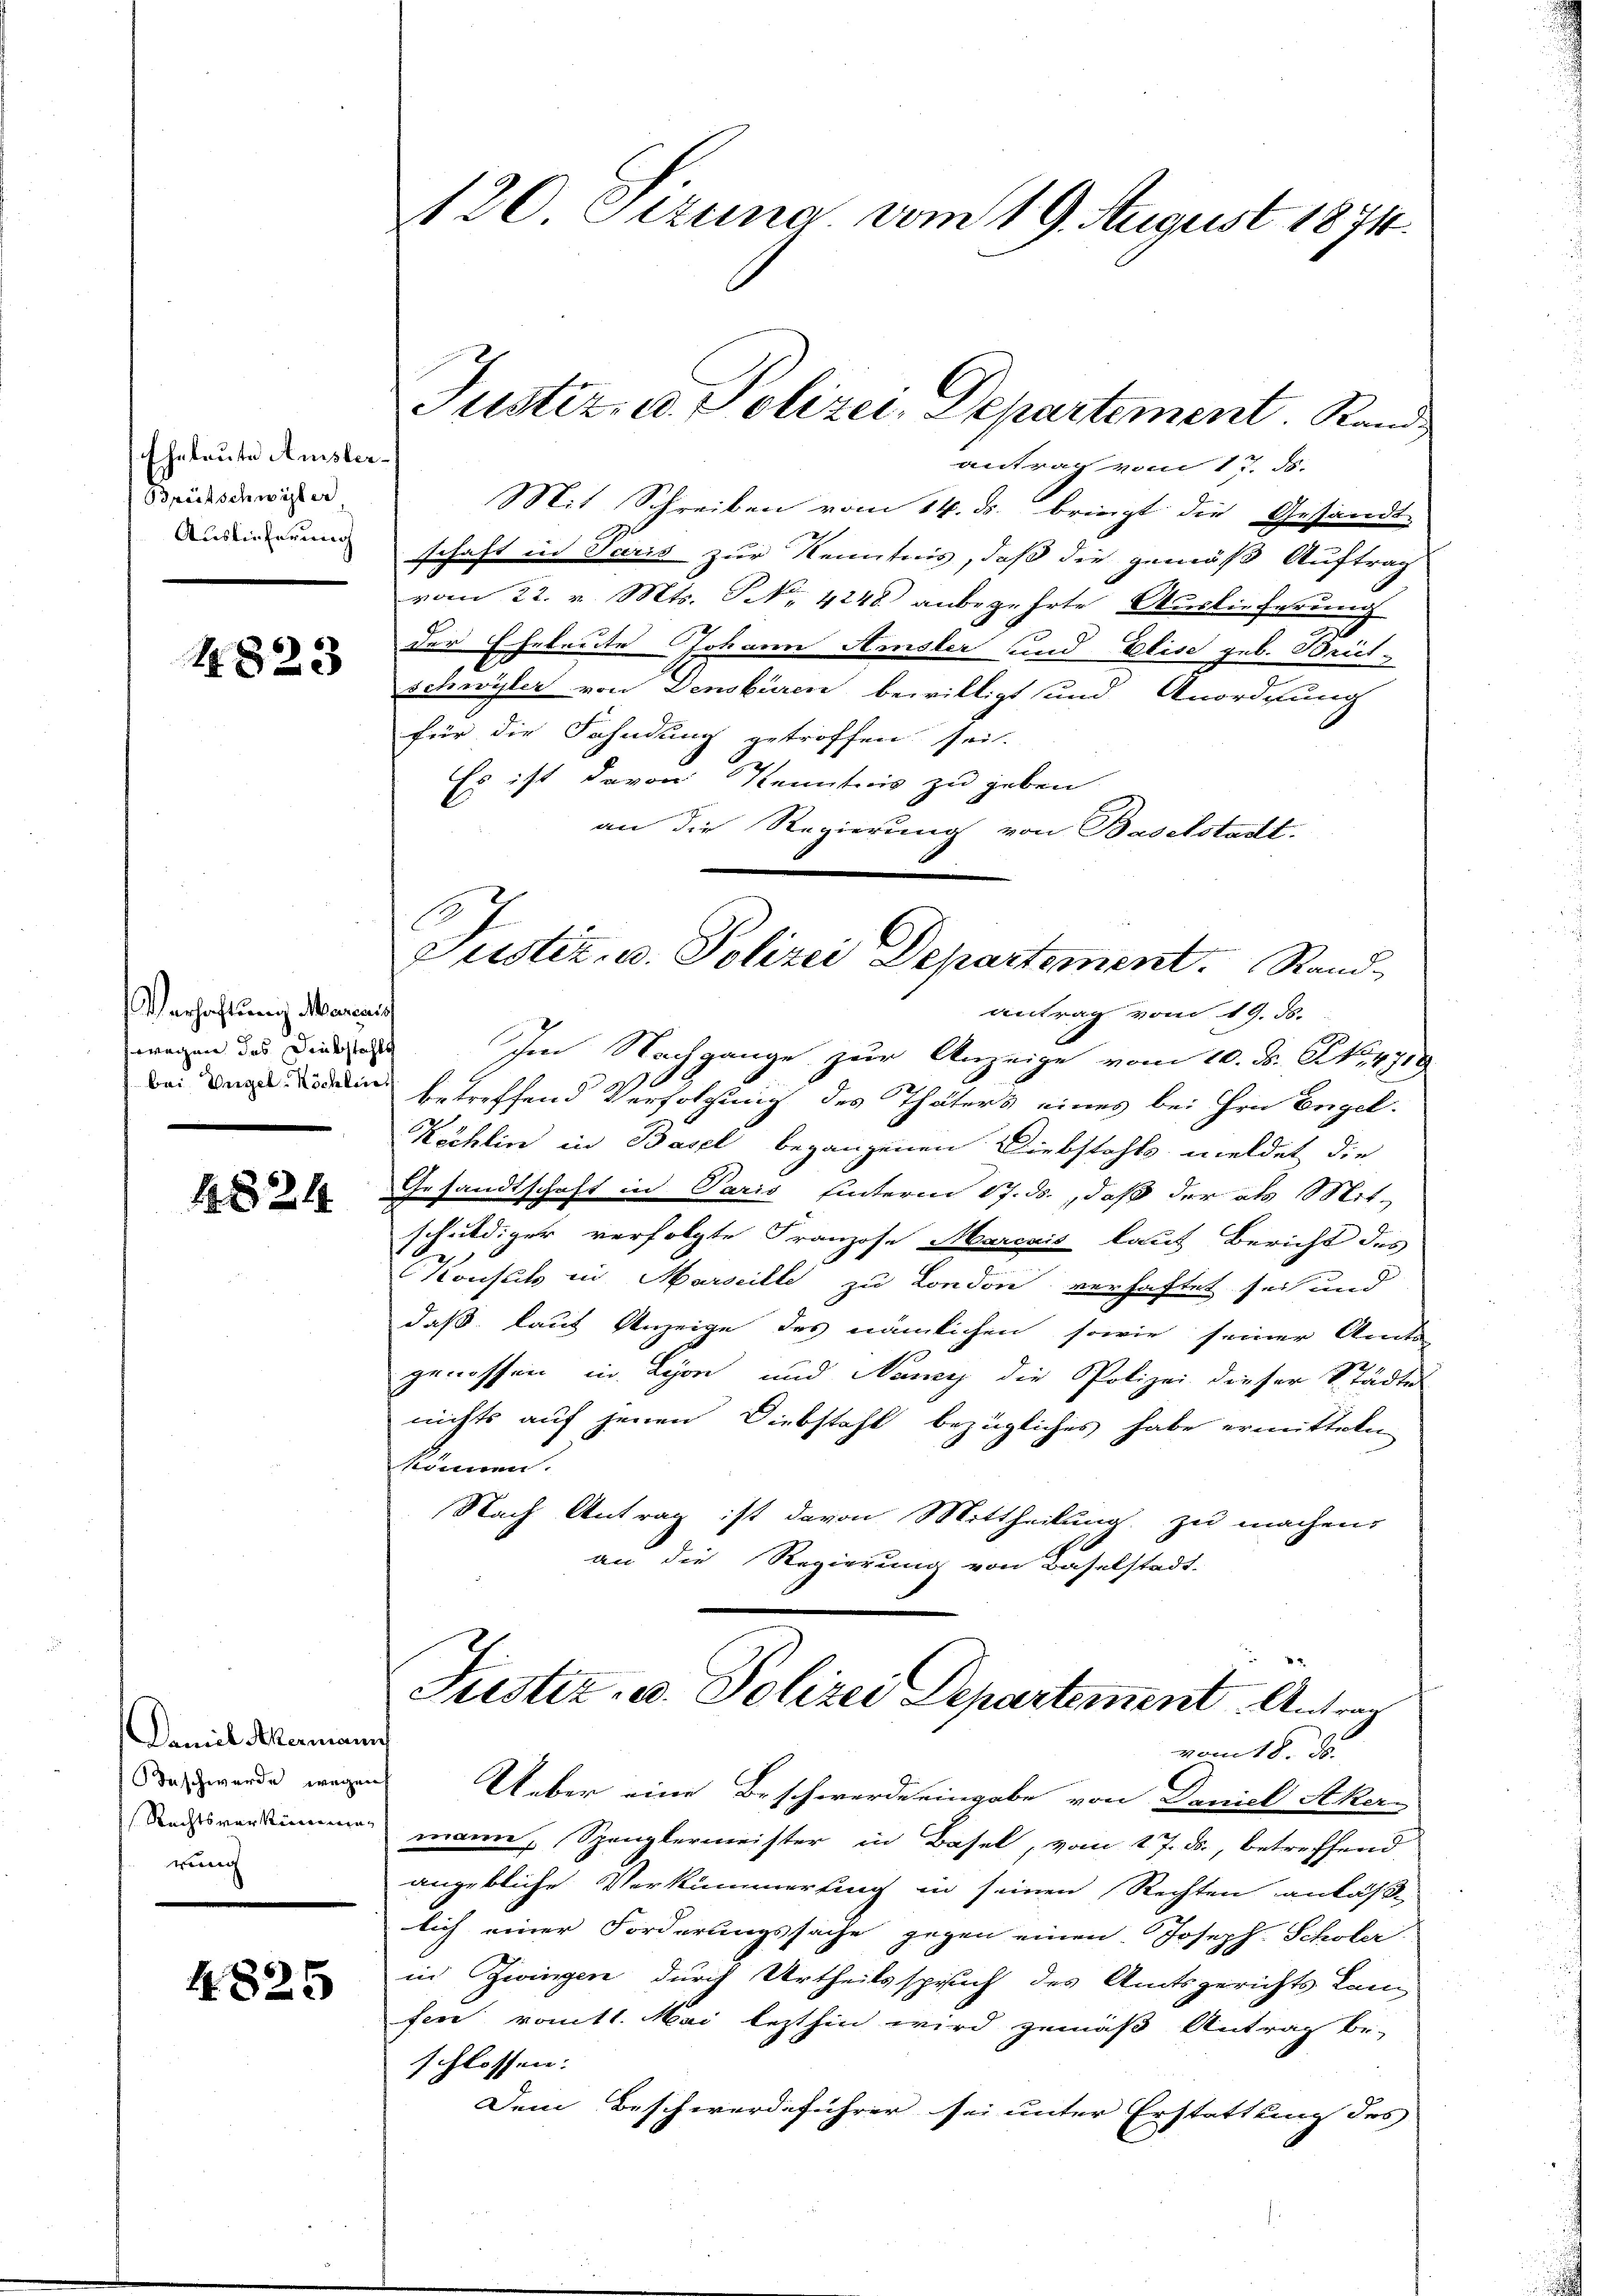
Eheleute Amster¬
Brütschwister
Auslieferung

4823

Verhaftung Marcais
wwegen des Diebstahls
bei, Vngel-Köchlin

4824

Damit Akermann
eschwerde wegens
rung

4825

120. Stzung vom 19. August 1874.

antrag vom 17. ds.
Mit Schreiben vom 14. ds. bringt die Gesandt-
schaft in Paris zur Kenntnis, daß die gemäß Auftrag
vom 22. v. Mts. S. 4248 anbegehrte Auslieferung
der Ehebreite Johann Amsler und Elise geb. Brit-
e
Schwyler von Densbüren bewilligt und Anordnung
für die Fahndung getroffen sei.
Es ist davon Kenntnis zu geben
an die Regierung von Baselstadt.
antrag vom 19. ds.
Im Nachgange zur Anzeige vom 10. ds. No. 4719
betreffend Verfolgung des Thäters eines bei Hrn Engel.
Köchlin in Basel begangenen Diebstahls meldet die
Gesandtschaft in Paris hinterm 17. ds., daß der als Mit-
schuldiger verfolgte Franzose Marcais lauf Bericht des
19.
Konsuls in Marseille zu London verhaftet sei und
daß laut Anzeige des nämlichen sowie seiner Amte
genossen in Lyon und Nemy die Polizei dieser Städte
nichts auf jenen Diebstahl bezügliches habe ermitteln
können.
Nach Antrag ist davon Mittheilung zu machens
an die Regierung von Baselstadt-
Justiz- u. Polizei Departement Antrag
vom 18. J
Ueber eine Beschwerde eingabe von Daniel Aker
Rachsvorsinnung mann, Spenglermeister in Basel, vom 27. ds., betreffend
angebliche Verkümmerung in seinen Rechten anläß
lich einer Forderungssache gegen einen Joseph Scholer
in Zwingen durch Urtheilsspruch des Amtsgerichts kam
fen romtl. Mai lezthin wird gemäß Antrag be-
schlossen. |
Dem Beschwerdeführer sei unter Erstattung des

Justiz- u. Polizei, Departement. Rand

C
Justiz- u. Polizei Departement. Rand